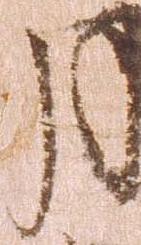
月